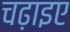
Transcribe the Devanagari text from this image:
चढ़ाइए